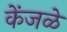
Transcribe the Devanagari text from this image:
केंजळे